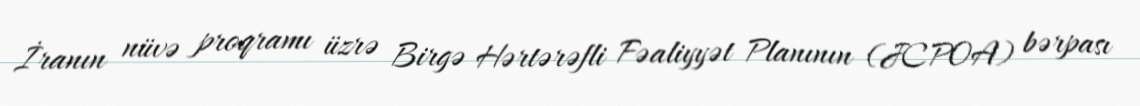
İranın nüvə proqramı üzrə Birgə Hərtərəfli Fəaliyyət Planının (JCPOA) bərpası